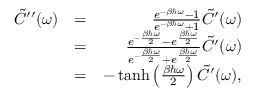
\begin{array} { r l r } { \tilde { C } ^ { \prime \prime } ( \omega ) } & { = } & { \frac { e ^ { - \beta \hbar \omega } - 1 } { e ^ { - \beta \hbar \omega } + 1 } \tilde { C } ^ { \prime } ( \omega ) } \\ & { = } & { \frac { e ^ { - \frac { \beta \hbar \omega } { 2 } } - e ^ { \frac { \beta \hbar \omega } { 2 } } } { e ^ { - \frac { \beta \hbar \omega } { 2 } } + e ^ { \frac { \beta \hbar \omega } { 2 } } } \tilde { C } ^ { \prime } ( \omega ) } \\ & { = } & { - \operatorname { t a n h } \left( \frac { \beta \hbar \omega } { 2 } \right) \tilde { C } ^ { \prime } ( \omega ) , } \end{array}